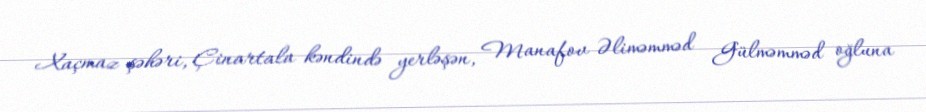
Xaçmaz şəhəri, Çinartala kəndində yerləşən, Manafov Əliməmməd Gülməmməd oğluna